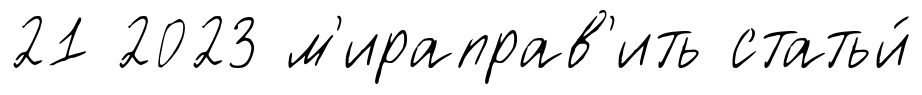
21 2023 м'ираправ'ить статьи́